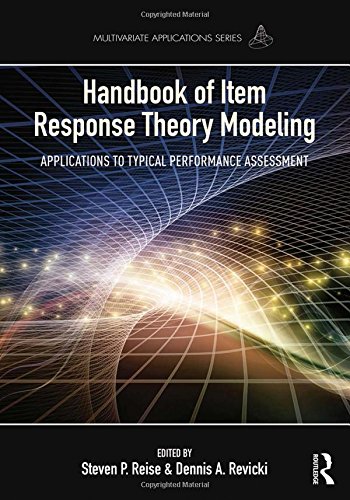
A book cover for Handbook of Item Response Theory Modeling: Applications to Typical Performance Assessment (Multivariate Applications Series); Medical Books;